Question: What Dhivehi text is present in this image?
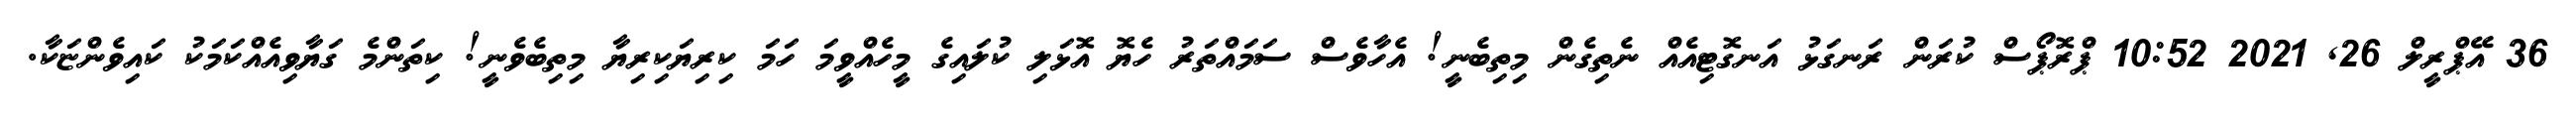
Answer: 36 އޭޕްރީލް 26, 2021 10:52 ޕްރޮޕޯސް ކުރަން ރަނގަޅު އަނގޮޓިއެއް ނެތިގެން މިތިބެނީ! އެހާވެސް ސަމައްތަރު ހެޔޮ އޮޅަލި ކުލައިގެ މީހެއްވީމަ ހަމަ ކިރިޔަކިރިޔާ މިތިބެވެނީ! ކިތަންމެ ގަޔާވިއެއްކަމަކު ކައިވެންޏަކާ.